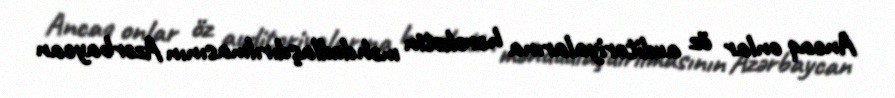
Ancaq onlar öz auditoriyalarına hərəkətin məhdudlaşdırılmasının Azərbaycan